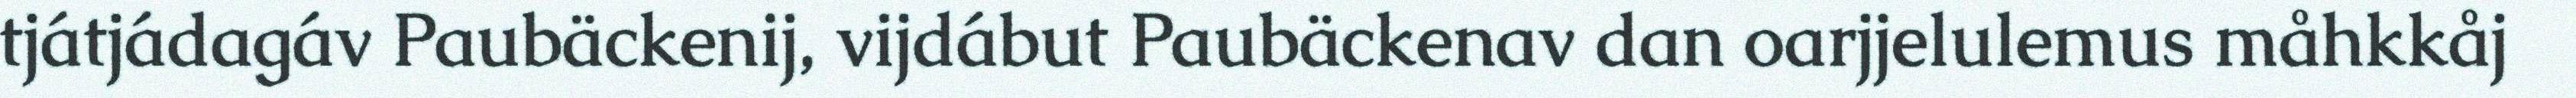
tjátjádagáv Paubäckenij, vijdábut Paubäckenav dan oarjjelulemus måhkkåj